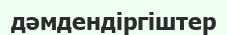
дәмдендіргіштер